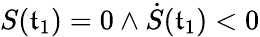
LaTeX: S(\mathfrak{t}_{1})=0\land\dot{{S}}(\mathfrak{t}_{1})<0